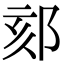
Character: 郂